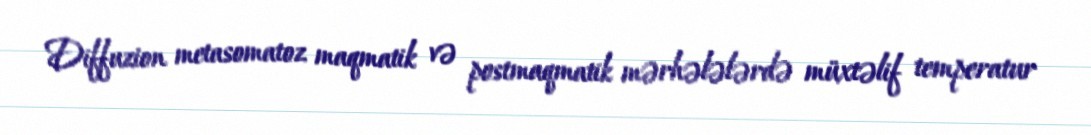
Diffuzion metasomatoz maqmatik və postmaqmatik mərhələlərdə müxtəlif temperatur